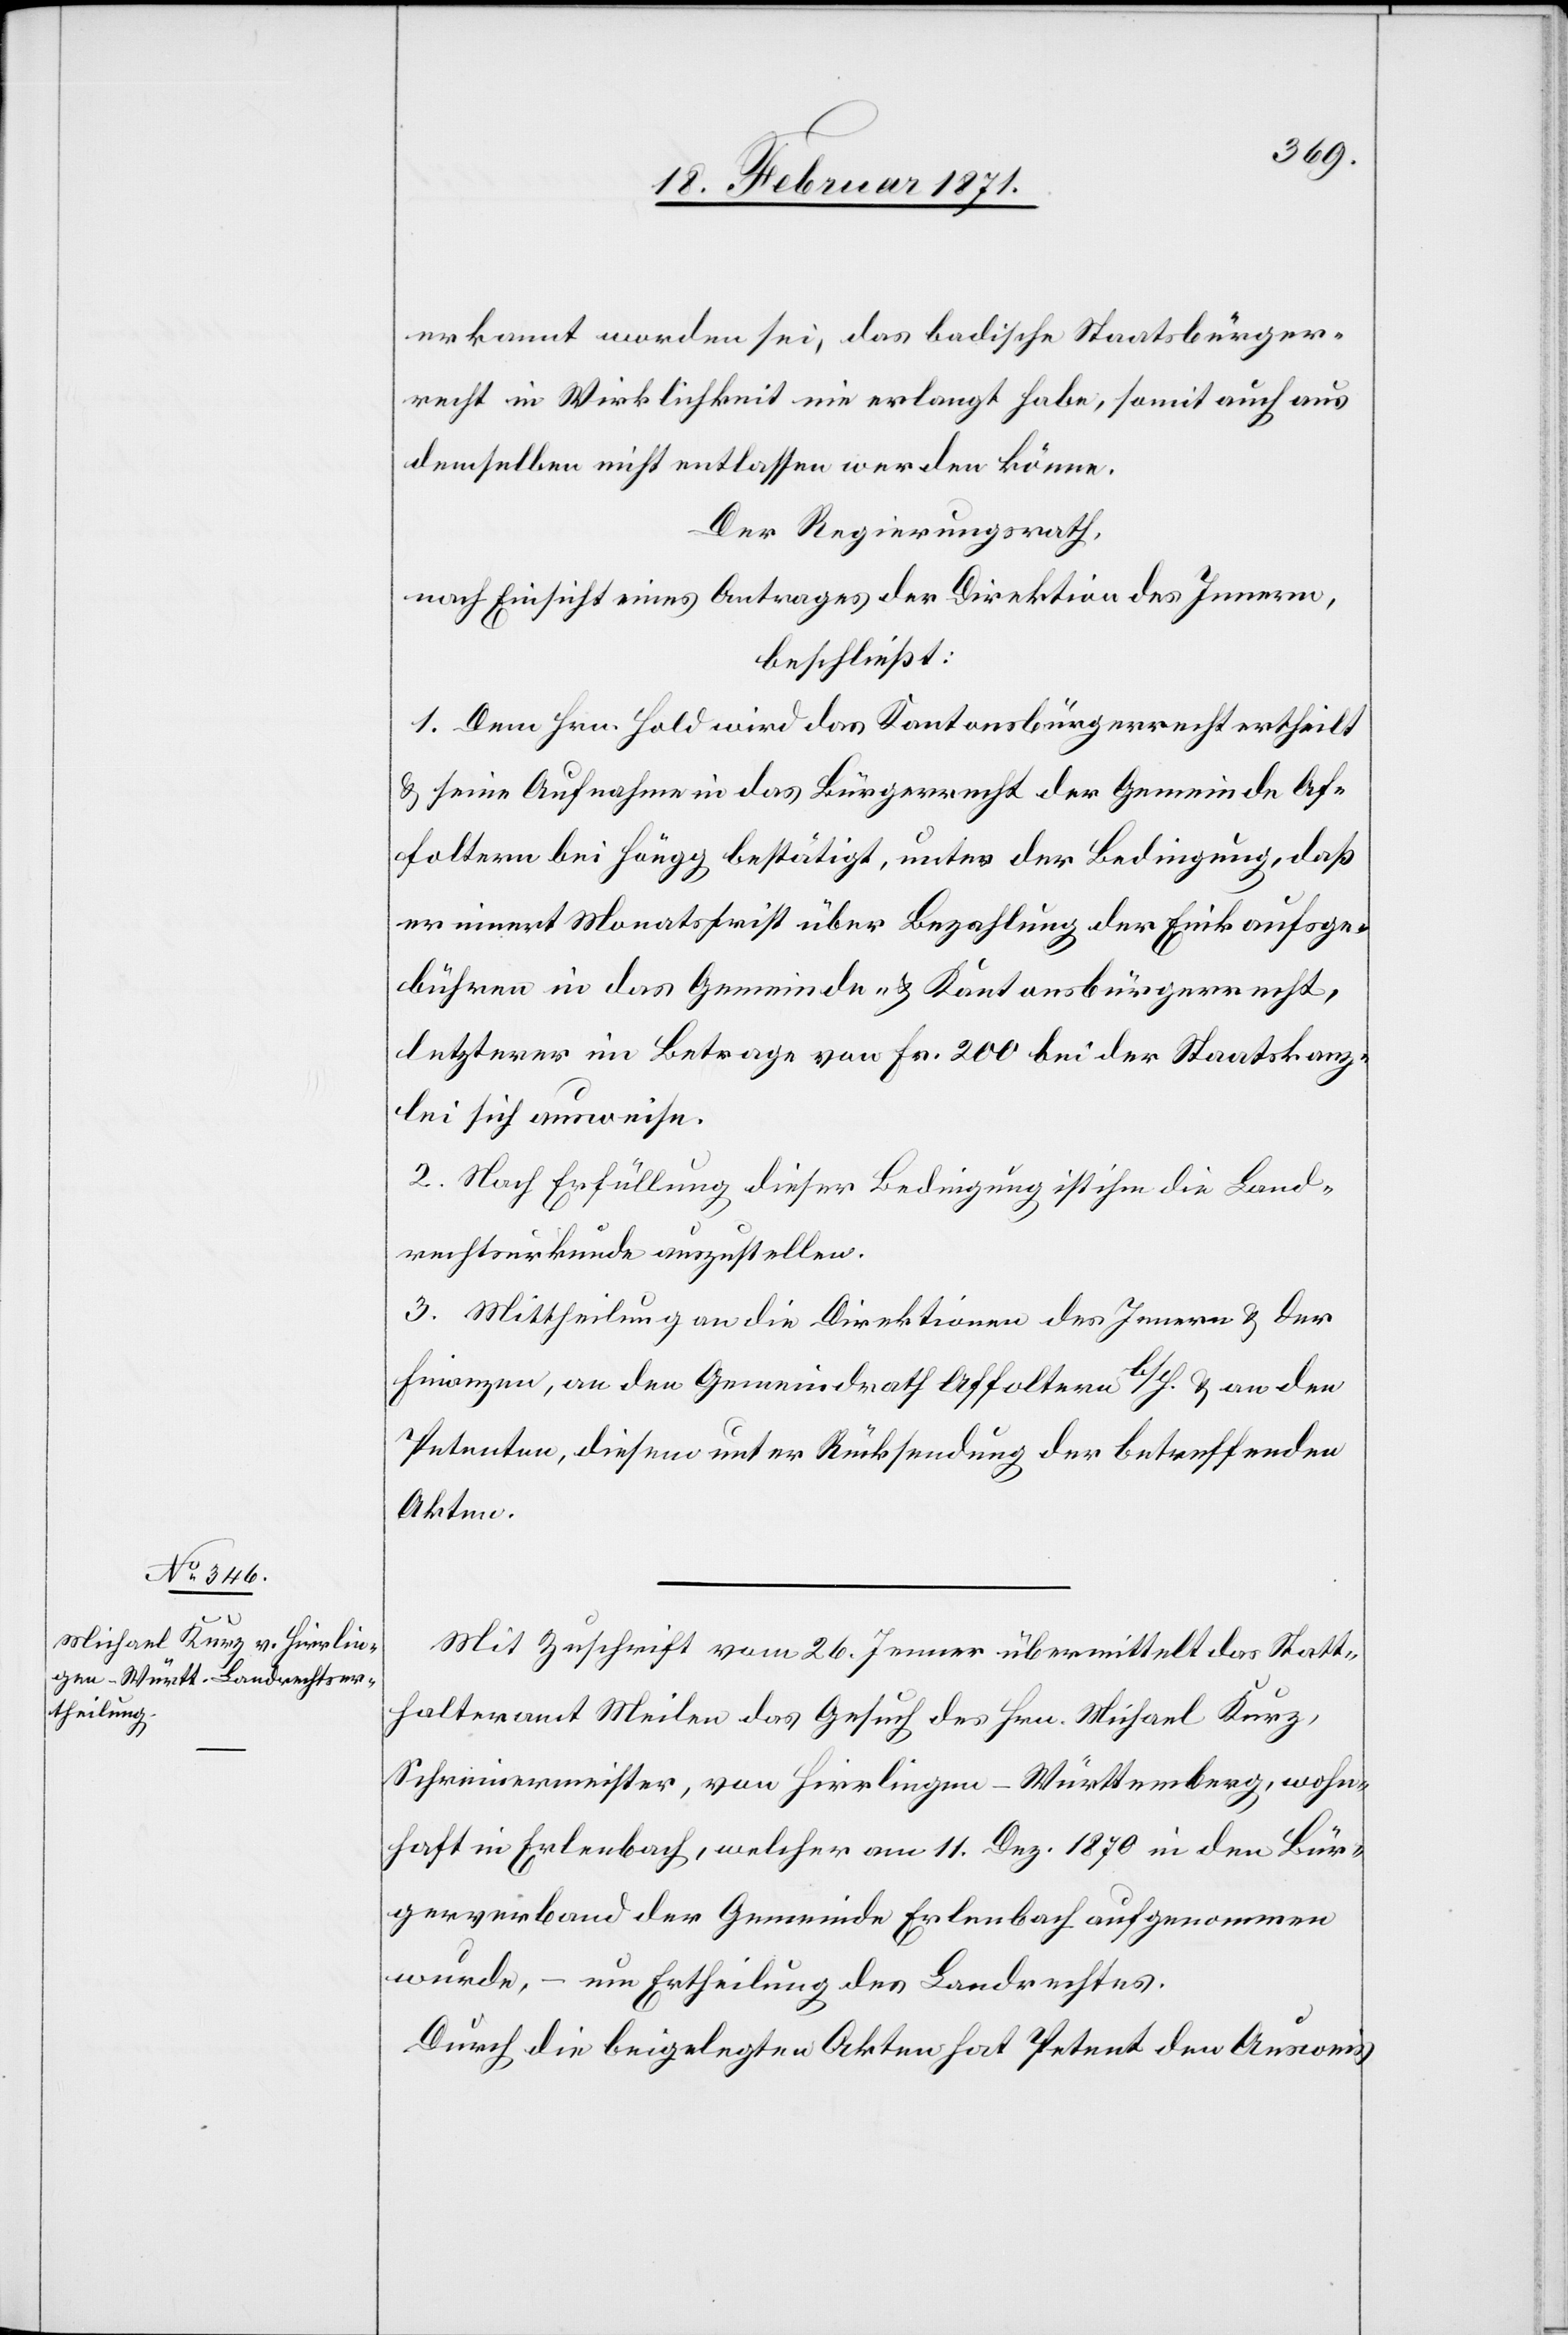
Mit Zuschrift vom 26. Jenner übermittelt das Statt¬
halteramt Meilen das Gesuch des Hrn. Michael Kurz,
Schreinermeister, von Hirrlingen-Württemberg, wohn¬
haft in Erlenbach, welcher am 11. Dez. 1870 in den Bür¬
gerverband der Gemeinde Erlenbach aufgenommen
wurde, – um Ertheilung des Landrechtes.
Durch die beigelegten Akten hat Petent den Ausweis